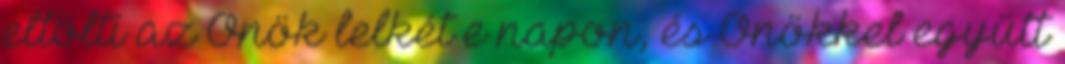
eltölti az Önök lelkét e napon, és Önökkel együtt